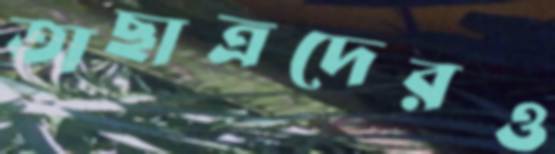
অছাত্রদেরও